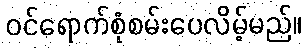
ဝင်ရောက်စုံစမ်းပေလိမ့်မည်။